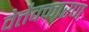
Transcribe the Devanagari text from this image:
वेत्तैक्कारण